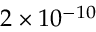
2 \times 1 0 ^ { - 1 0 }